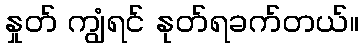
နှုတ် ကျွံရင် နုတ်ရခက်တယ်။